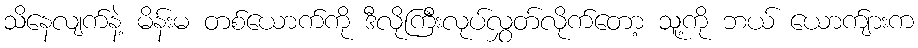
သိနေလျက်နဲ့ မိန်းမ တစ်ယောက်ကို ဒီလိုကြီးလုပ်လွှတ်လိုက်တော့ သူ့ကို ဘယ် ယောက်ျားက